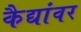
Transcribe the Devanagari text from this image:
कैद्यांवर